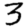
Digit: 3